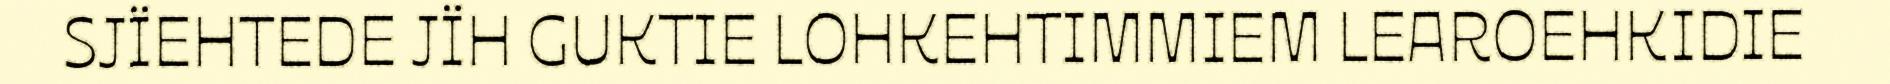
SJÏEHTEDE JÏH GUKTIE LOHKEHTIMMIEM LEAROEHKIDIE